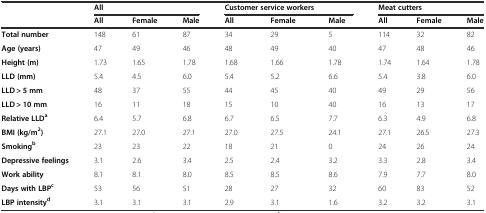
<table><thead><tr><td></td><td colspan="3"><b>All</b></td><td colspan="3"><b>Customer service workers</b></td><td colspan="3"><b>Meat cutters</b></td></tr><tr><td></td><td><b>All</b></td><td><b>Female</b></td><td><b>Male</b></td><td><b>All</b></td><td><b>Female</b></td><td><b>Male</b></td><td><b>All</b></td><td><b>Female</b></td><td><b>Male</b></td></tr></thead><tbody><tr><td><b>Total number</b></td><td>148</td><td>61</td><td>87</td><td>34</td><td>29</td><td>5</td><td>114</td><td>32</td><td>82</td></tr><tr><td><b>Age (years)</b></td><td>47</td><td>49</td><td>46</td><td>48</td><td>49</td><td>40</td><td>47</td><td>48</td><td>46</td></tr><tr><td><b>Height (m)</b></td><td>1.73</td><td>1.65</td><td>1.78</td><td>1.68</td><td>1.66</td><td>1.78</td><td>1.74</td><td>1.64</td><td>1.78</td></tr><tr><td><b>LLD (mm)</b></td><td>5.4</td><td>4.5</td><td>6.0</td><td>5.4</td><td>5.2</td><td>6.6</td><td>5.4</td><td>3.8</td><td>6.0</td></tr><tr><td><b>LLD &gt; 5 mm</b></td><td>48</td><td>37</td><td>55</td><td>44</td><td>45</td><td>40</td><td>49</td><td>29</td><td>56</td></tr><tr><td><b>LLD &gt; 10 mm</b></td><td>16</td><td>11</td><td>18</td><td>15</td><td>10</td><td>40</td><td>16</td><td>13</td><td>17</td></tr><tr><td><b>Relative LLD</b><sup><b>a</b></sup></td><td>6.4</td><td>5.7</td><td>6.8</td><td>6.7</td><td>6.5</td><td>7.7</td><td>6.3</td><td>4.9</td><td>6.8</td></tr><tr><td><b>BMI (kg/m</b><sup><b>2</b></sup><b>)</b></td><td>27.1</td><td>27.0</td><td>27.1</td><td>27.0</td><td>27.5</td><td>24.1</td><td>27.1</td><td>26.5</td><td>27.3</td></tr><tr><td><b>Smoking</b><sup><b>b</b></sup></td><td>23</td><td>23</td><td>22</td><td>18</td><td>21</td><td>0</td><td>24</td><td>26</td><td>24</td></tr><tr><td><b>Depressive feelings</b></td><td>3.1</td><td>2.6</td><td>3.4</td><td>2.5</td><td>2.4</td><td>3.2</td><td>3.3</td><td>2.8</td><td>3.4</td></tr><tr><td><b>Work ability</b></td><td>8.1</td><td>8.1</td><td>8.0</td><td>8.5</td><td>8.5</td><td>8.6</td><td>7.9</td><td>7.7</td><td>8.0</td></tr><tr><td><b>Days with LBP</b><sup><b>c</b></sup></td><td>53</td><td>56</td><td>51</td><td>28</td><td>27</td><td>32</td><td>60</td><td>83</td><td>52</td></tr><tr><td><b>LBP intensity</b><sup><b>d</b></sup></td><td>3.1</td><td>3.1</td><td>3.1</td><td>2.9</td><td>3.1</td><td>1.6</td><td>3.2</td><td>3.2</td><td>3.1</td></tr></tbody></table>